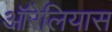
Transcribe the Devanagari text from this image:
ऑरेलियास